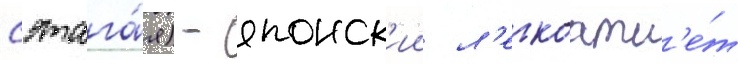
сэтага́я) - японск'ии л'егкоатл'е́т